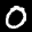
Label: 0